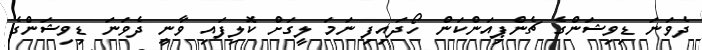
ދެވަނަ ޑިވިޝަންގެ ޗެންޕިއަންކަން ހޯދައިފި ނަމަ ލީގަށް ކޮލިފައި ވާނީ ދެވަނަ ޑިވިޝަންގެ